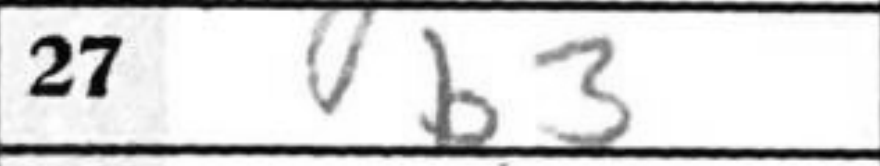
Transcription: b3